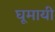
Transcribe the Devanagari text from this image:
घूमायी